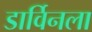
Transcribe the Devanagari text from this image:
डार्विनला